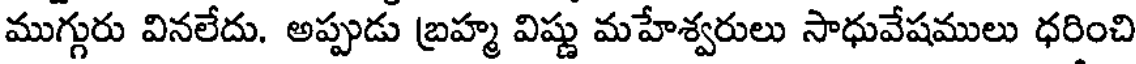
ముగ్గురు వినలేదు. అప్పుడు బ్రహ్మ విష్ణు మహేశ్వరులు సాధువేషములు ధరించి